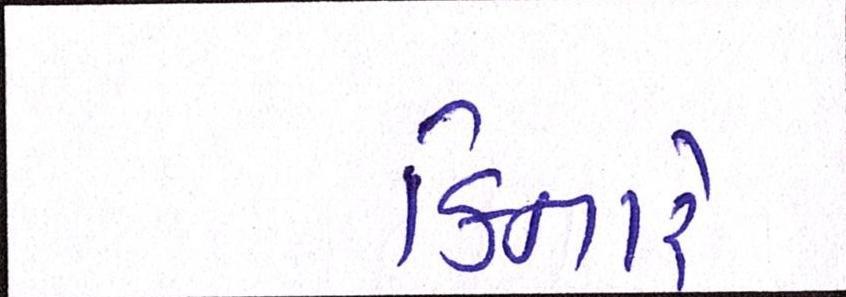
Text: કિનારે